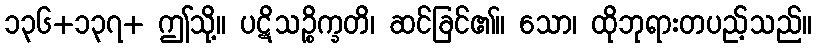
၁၃၆+၁၃၇+ ဤသို့။ ပဋိသဉ္စိက္ခတိ၊ ဆင်ခြင်၏။ သော၊ ထိုဘုရားတပည့်သည်။